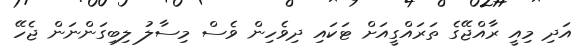
އަދި މިއީ ރާއްޖޭގެ ތަރައްގީއަށް ޓަކައި ދިވެހިން ވެސް މިސާލު ލިބިގަންނަން ޖެހޭ